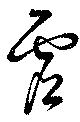
虚